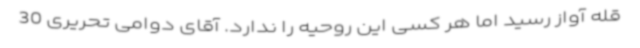
قله آواز رسید اما هر کسی این روحیه را ندارد. آقای دوامی تحریری 30